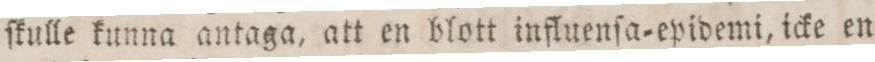
ſkulle kunna antaga, att en blott influenſa=epidemi, icke en